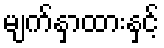
မျက်နှာထားနှင့်